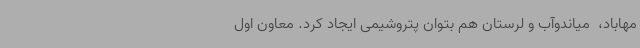
مهاباد، ‌ میاندوآب و لرستان هم بتوان پتروشیمی ایجاد کرد. معاون اول